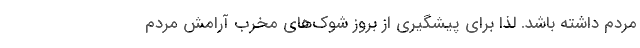
مردم داشته باشد. لذا برای پیشگیری از بروز شوک‌های مخرب آرامش مردم